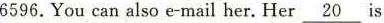
6596.You can also e-mail her.Her\underline{20}is